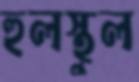
হুলস্থুল